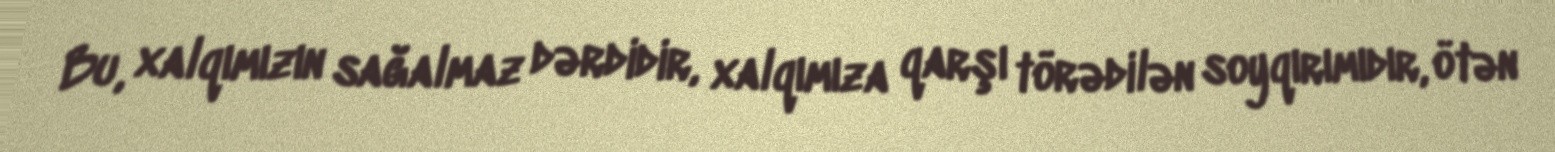
Bu, xalqımızın sağalmaz dərdidir, xalqımıza qarşı törədilən soyqırımıdır, ötən